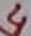
Text: 4